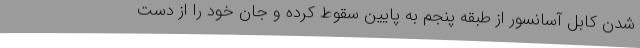
شدن کابل آسانسور از طبقه پنجم به پایین سقوط کرده و جان خود را از دست